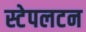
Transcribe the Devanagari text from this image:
स्टेपलटन